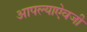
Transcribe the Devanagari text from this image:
आपल्याऐवजी